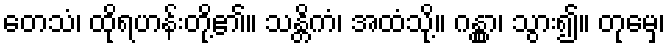
တေသံ၊ ထိုရဟန်းတို့၏။ သန္တိကံ၊ အထံသို့။ ဂန္တွာ၊ သွား၍။ တုမှေ၊